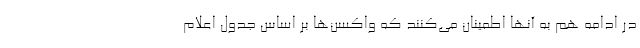
در ادامه هم به آنها اطمینان می‌کنند که واکسن‌ها بر اساس جدول اعلام